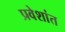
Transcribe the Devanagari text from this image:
प्रवेशांत